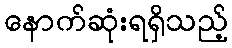
နောက်ဆုံးရရှိသည့်